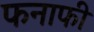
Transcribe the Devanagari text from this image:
फनाफी